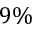
9 \%